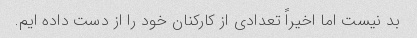
بد نیست اما اخیراً تعدادی از کارکنان خود را از دست داده ایم.